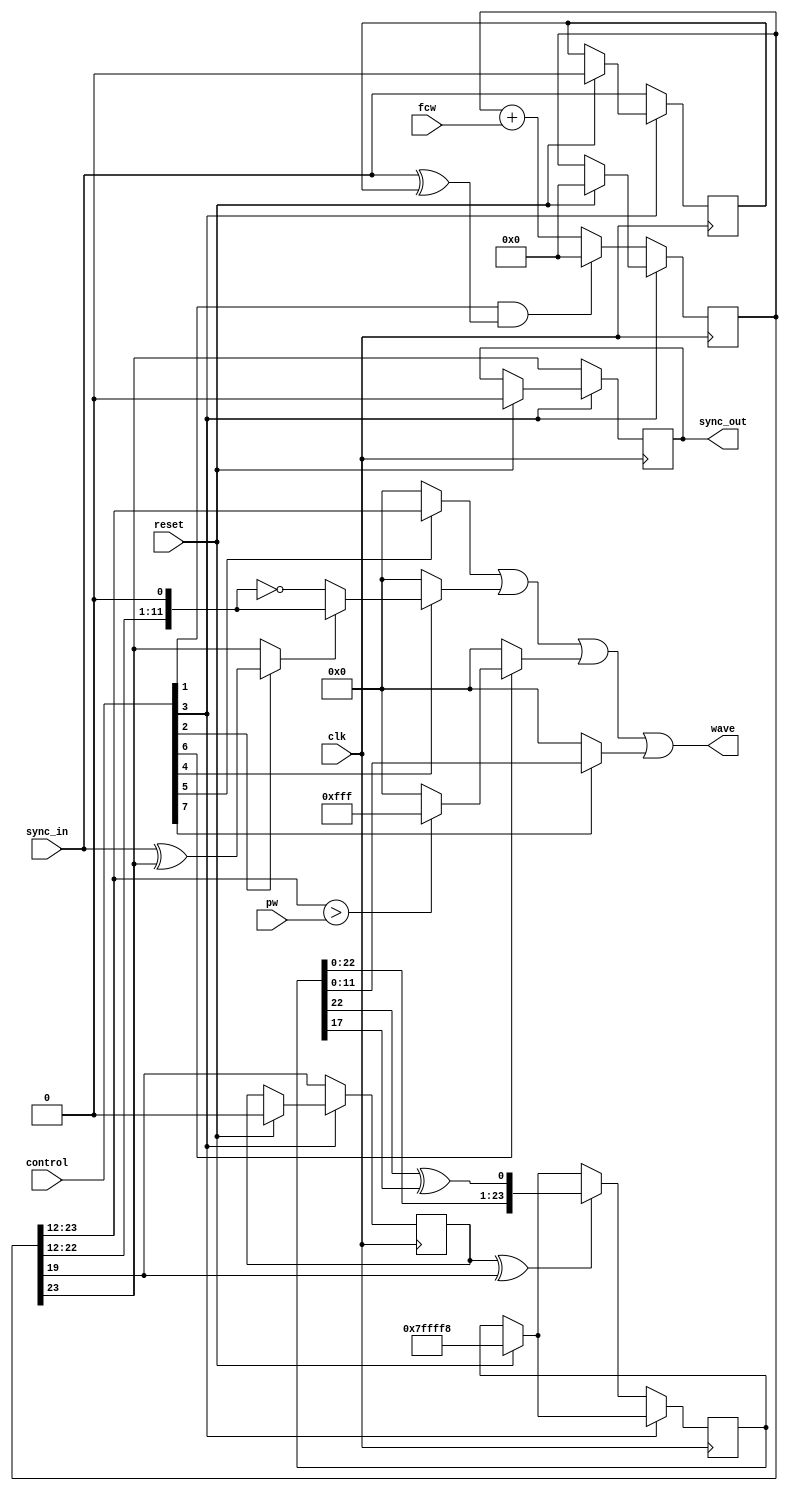
// Copyright 2022 Anders Lynge Esbensen. All rights reserved.
// Use of this source code is governed by a BSD-style
// license that can be found in the LICENSE file.


module sid_voice (
           input clk,
           input reset,
           input[15:0] fcw,
           input[11:0] pw,
           input[7:0]  control,
           input   sync_in,
           output reg sync_out,
           output[11:0] wave
       );
wire sync_c      = control[1];
wire ring_mod_c  = control[2];
wire test_c      = control[3];
wire triangle_c  = control[4];
wire sawtooth_c  = control[5];
wire rectangle_c = control[6];
wire noise_c     = control[7];

reg[23:0] phase;
reg[23:0] shift;

// Sawtooth:
//The output is identical to the upper 12 bits of the accumulator.
wire[11:0] saw_o  = phase[23:12];

// Triangle:
// The upper 12 bits of the accumulator are used.
// The MSB is used to create the falling edge of the triangle by inverting
// the lower 11 bits. The MSB is thrown away and the lower 11 bits are
// left-shifted (half the resolution, full amplitude).
// Ring modulation substitutes the MSB with MSB EOR sync_source MSB.
//
wire saw_phase = ring_mod_c ? sync_in ^ phase[23] : phase[23];
wire[11:0] tri_o  = saw_phase ? {phase[22:12],1'b0} : ~{phase[22:12],1'b0};

// Pulse:
// The upper 12 bits of the accumulator are used.
// These bits are compared to the pulse width register by a 12 bit digital
// comparator; output is either all one or all zero bits.
// NB! The output is actually delayed one cycle after the compare.
// This is not modeled.
//
// The test bit, when set to one, holds the pulse waveform output at 0xfff
// regardless of the pulse width setting.
//
wire[11:0] rect_o = phase[23:12] > pw ? 12'hfff : 12'h000;
reg old_msb;
reg old_bit19;

always @(posedge clk ) begin
    if(reset) begin
        phase    <= 24'h000000;
        shift    <= 24'h7ffff8;
        old_msb  <=0;
        sync_out <=0;
        old_bit19 <=0;
    end

    // No operation if test bit is set.shift_period
    if(!test_c) begin
        old_msb   <= sync_in;
        old_bit19 <= phase[19];
        sync_out  <= phase[23];

        phase   <= (sync_c && (sync_in ^ old_msb)) ? 0 : phase + fcw;
        
        if(old_bit19 ^ phase[19]) begin
            // Noise:
            // The noise output is taken from intermediate bits of a 23-bit shift register
            // which is clocked by bit 19 of the accumulator.
            // NB! The output is actually delayed 2 cycles after bit 19 is set high.
            shift[23:0] <= {shift[22:0],shift[22] ^ shift[17]};
        end
    end
end

wire[11:0] rect_oo = rectangle_c ? rect_o[11:0] : 12'h000;
wire[11:0] tri_oo  =  triangle_c ? tri_o[11:0]  : 12'h000;
wire[11:0] saw_oo  =  sawtooth_c ? saw_o[11:0]  : 12'h000;
wire[11:0] noise_oo = noise_c    ? shift[11:0]  : 12'h000;
assign wave = saw_oo | tri_oo | rect_oo | noise_oo;

endmodule